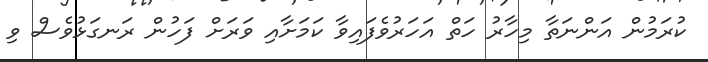
ކުރަމުން އަންނަތާ މިހާރު ހަތް އަހަރުވެފައިވާ ކަމަށާއި ވަރަށް ފަހުން ރަނގަޅުވެސް ވި